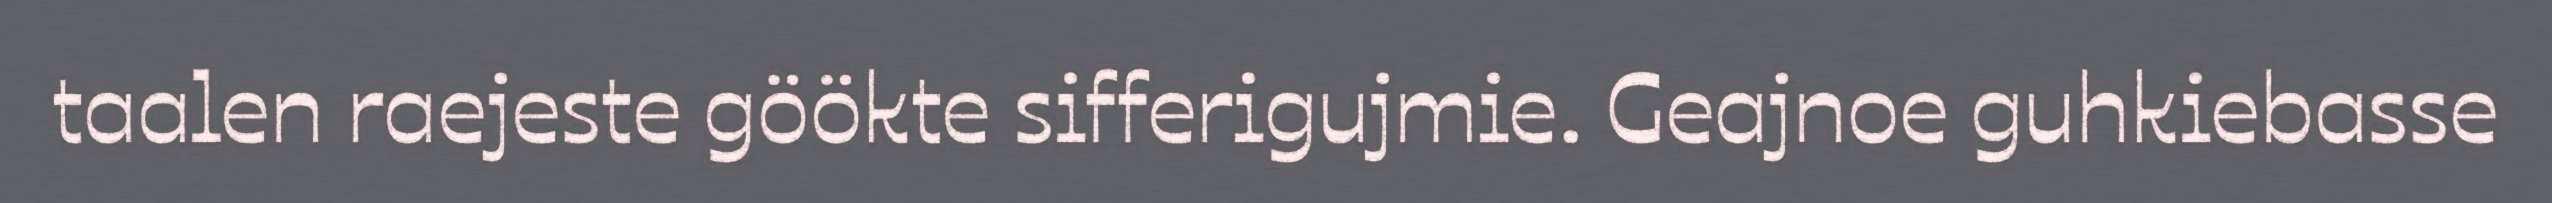
taalen raejeste göökte sifferigujmie. Geajnoe guhkiebasse